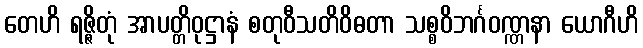
တေဟိ ရဇ္ဇိတုံ အာပတ္တိဝုဋ္ဌာနံ စတုဝီသတိဝိဓတာ သစ္စဝိဘင်္ဂဝဏ္ဏနာ ယောဂီဟိ